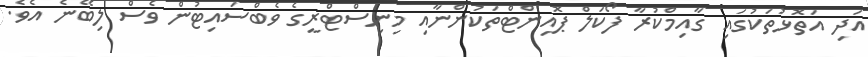
އަދި އަތޮޅުތަކުގައި ގާއިމްކުރާ ފޯކަލް ޕޮއިންޓްތަކުންނާއި މިނިސްޓްރީގެ ވެބްސައިޓުން ވެސް ލިބޭނެ އެވެ.